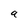
Character: 9